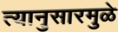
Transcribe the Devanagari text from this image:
त्यानुसारमुळे